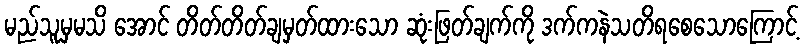
မည်သူမှမသိ အောင် တိတ်တိတ်ချမှတ်ထားသော ဆုံးဖြတ်ချက်ကို ဒက်ကနဲသတိရစေသောကြောင့်